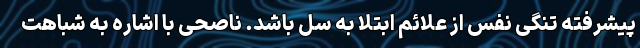
پیشرفته تنگی نفس از علائم ابتلا به سل باشد. ناصحی با اشاره به شباهت